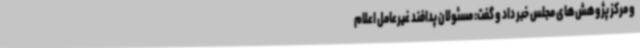
و مرکز پژوهش‌های مجلس خبر داد و گفت: مسئولان پدافند غیرعامل اعلام